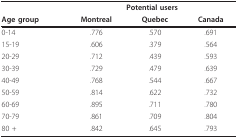
<table><thead><tr><td></td><td colspan="3"><b>Potential users</b></td></tr><tr><td><b>Age group</b></td><td><b>Montreal</b></td><td><b>Quebec</b></td><td><b>Canada</b></td></tr></thead><tbody><tr><td>0-14</td><td>.776</td><td>.570</td><td>.691</td></tr><tr><td>15-19</td><td>.606</td><td>.379</td><td>.564</td></tr><tr><td>20-29</td><td>.712</td><td>.439</td><td>.593</td></tr><tr><td>30-39</td><td>.729</td><td>.479</td><td>.639</td></tr><tr><td>40-49</td><td>.768</td><td>.544</td><td>.667</td></tr><tr><td>50-59</td><td>.814</td><td>.622</td><td>.732</td></tr><tr><td>60-69</td><td>.895</td><td>.711</td><td>.780</td></tr><tr><td>70-79</td><td>.861</td><td>.709</td><td>.804</td></tr><tr><td>80 +</td><td>.842</td><td>.645</td><td>.793</td></tr></tbody></table>